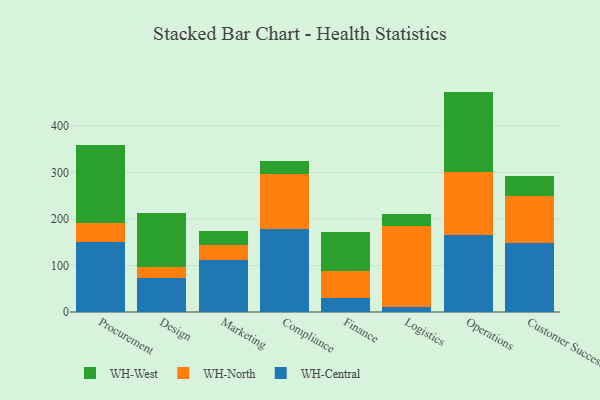
{"axis": {"x": "Department", "y": "Energy Usage (MWh)"}, "legend": ["WH-Central", "WH-North", "WH-West"], "data": [{"x": "Procurement", "y": 149.6, "type": "WH-Central"}, {"x": "Procurement", "y": 41.9, "type": "WH-North"}, {"x": "Procurement", "y": 168.1, "type": "WH-West"}, {"x": "Design", "y": 72.3, "type": "WH-Central"}, {"x": "Design", "y": 25.0, "type": "WH-North"}, {"x": "Design", "y": 116.0, "type": "WH-West"}, {"x": "Marketing", "y": 111.5, "type": "WH-Central"}, {"x": "Marketing", "y": 31.5, "type": "WH-North"}, {"x": "Marketing", "y": 30.7, "type": "WH-West"}, {"x": "Compliance", "y": 178.0, "type": "WH-Central"}, {"x": "Compliance", "y": 118.9, "type": "WH-North"}, {"x": "Compliance", "y": 28.6, "type": "WH-West"}, {"x": "Finance", "y": 30.5, "type": "WH-Central"}, {"x": "Finance", "y": 56.9, "type": "WH-North"}, {"x": "Finance", "y": 85.6, "type": "WH-West"}, {"x": "Logistics", "y": 10.3, "type": "WH-Central"}, {"x": "Logistics", "y": 175.5, "type": "WH-North"}, {"x": "Logistics", "y": 25.4, "type": "WH-West"}, {"x": "Operations", "y": 166.5, "type": "WH-Central"}, {"x": "Operations", "y": 134.5, "type": "WH-North"}, {"x": "Operations", "y": 172.8, "type": "WH-West"}, {"x": "Customer Success", "y": 147.4, "type": "WH-Central"}, {"x": "Customer Success", "y": 102.9, "type": "WH-North"}, {"x": "Customer Success", "y": 41.7, "type": "WH-West"}]}